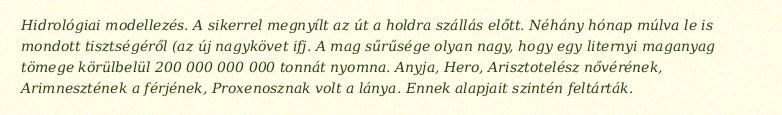
Hidrológiai modellezés. A sikerrel megnyílt az út a holdra szállás előtt. Néhány hónap múlva le is mondott tisztségéről (az új nagykövet ifj. A mag sűrűsége olyan nagy, hogy egy liternyi maganyag tömege körülbelül 200 000 000 000 tonnát nyomna. Anyja, Hero, Arisztotelész nővérének, Arimnesztének a férjének, Proxenosznak volt a lánya. Ennek alapjait szintén feltárták.